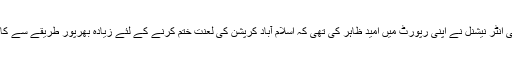
ٹرانسپرنسی انٹر نیشنل نے اپنی رپورٹ میں امید ظاہر کی تھی کہ اسلام آباد کرپشن کی لعنت ختم کرنے کے لئے زیادہ بھرپور طریقے سے کام کرے گا۔